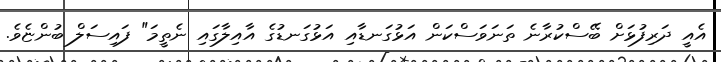
އެއީ ދަރިފުޅަށް ބޭސްކުރާނެ ތަނަވަސްކަން އަޅުގަނޑާއި އަޅުގަނޑުގެ އާއިލާގައި ނެތީމަ" ފައިސަލް ބުންޏެވެ.